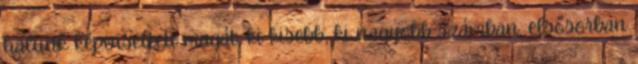
halunk képviselteti magát, ki kisebb, ki nagyobb számban, elsősorban